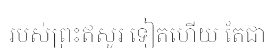
របស់ព្រះឥសូរ ទៀតហើយ តែជា